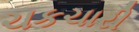
ચકચારી